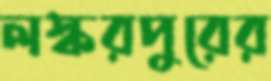
লস্করপুরের